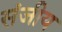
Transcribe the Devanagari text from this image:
संजीय